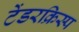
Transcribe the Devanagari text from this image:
टेंडरक्रिस्प